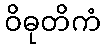
ဝိဓုတိကံ